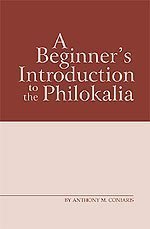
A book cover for A Beginner's Introduction to the Philokalia; Anthony M. Coniaris; Christian Books & Bibles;